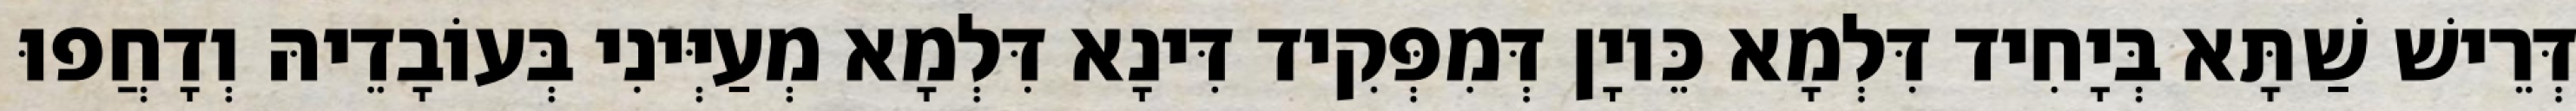
דְּרֵישׁ שַׁתָּא בְּיָחִיד דִּלְמָא כֵּיוָן דְּמִפְּקִיד דִּינָא דִּלְמָא מְעַיְּינִי בְּעוֹבָדֵיהּ וְדָחֲפוּ